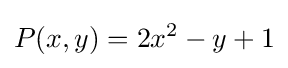
P(x,y)=2x^{2}-y+1